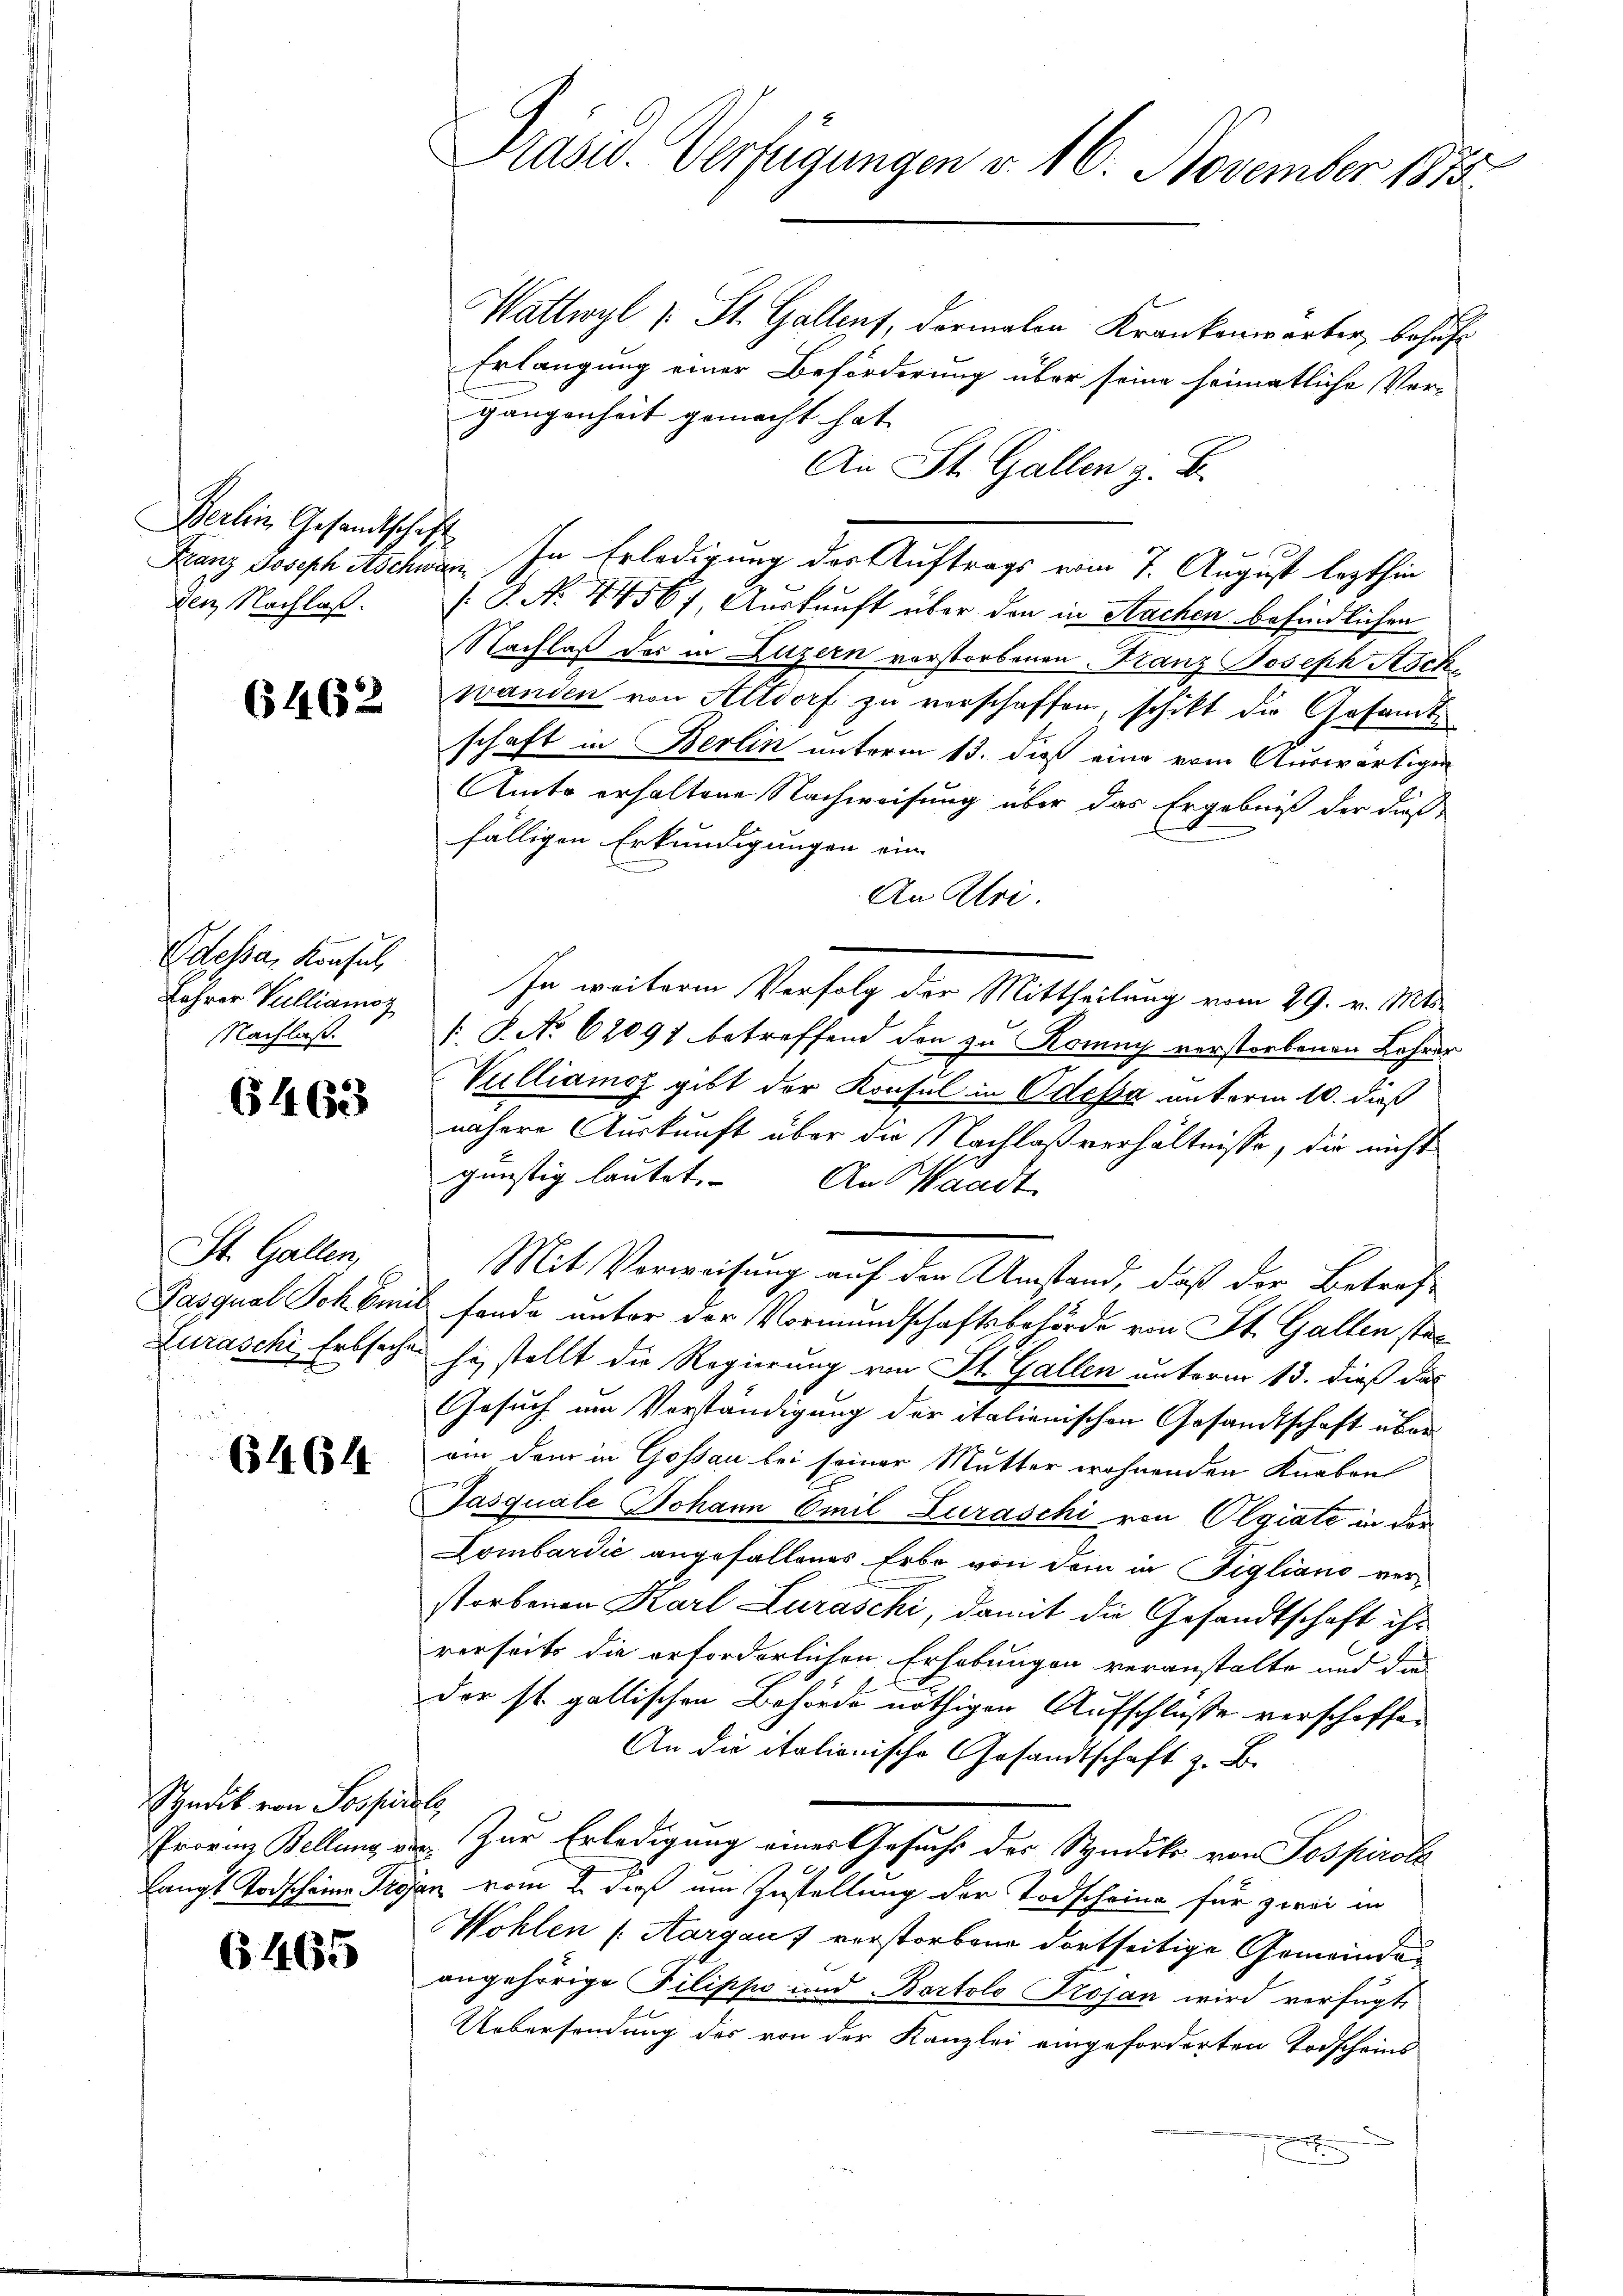
Berlin Gesandtschaft
den Nachlaß.

6462

Odessa, Konsul
Lehrer Vulliamoz
Nachlaß

6463

St. Gallen,

(5464

Syndik von Sospirale,

6465

Präsid. Verfügungen v. 16. November 1873.

Wattwyl (: St. Gallens, dermalen Krankenwarter, behuf
Erlangung einer Beförderung über seine heimatliche Ver-
gangenheit gemacht hat.
An St. Gallen z. B.
Lanz Joseph Aschnen. In Erledigung der Auftrags vom 7. August lezthin
J. P. N. 44567, Auskunft über den in Sachen befindlichen
Nachlaß der in Luzern vorstorbenen Franz Joseph Stockwanden von Altdorf zu verschaffen, schikt die Gesamt-
schaft in Berlin unterm 13. daß eine vom Auswärtigen
Amte erhaltene Nachweisung über das Ergebniß der dieß
fälligen Erkundigungen ein
An Atri.
In weitere Verfolg der Mittheilung vom 29. v. Mts.
 P. No 62097 betreffend den zu Romny verstorbenen Lehrer
Vulliamoz gibt der Konsul in Odefa unterm 10. dieß
nähere Auskunft über die Nachlaßverhältnisse, die nicht
günstig lautet. An Waadt
Mit Verweisung auf der Umstand, daß der Betref-
Pasqual Sch. Emil fande unter der Vormundschaftsbehörde von St. Gallen sta¬
Luraschi, Erbsachen hy stellt die Regierung von St. Gallen unterm 13. dieß das
Gesuch um Vorständigung der italienischen Gesandtschaft überam dem in Gossau bei seiner Mutter wohnenden Knaben
Jasquale Johann Emil Zuraschi von Olgiate in der
Lombardić angefallenes Erbe von dem in figliano verstorbenen Karl Luraschi, damit die Gesandtschaft ihr
verseits die erforderlichen Erhebungen veranstalte und die
der st. gallischen Behörde nöthigen Aufschlüsse verschoffe¬
An die italienische Gesandtschaft z. B.
Provinz Bellung vor. Zur Erledigung eines Gesuchs des Studik von Pospirole
langt Todscheine Trojan vom 2. daß um Zustellung der Todscheine für zwei in
Wohlen (Aargauf verstorbene dortseitige Gemeindeangehörige Pilippe und Bartolo Trojan wird verfügt,
Uebersendung des von der Kanzlei eingeforderten Todscheins
E